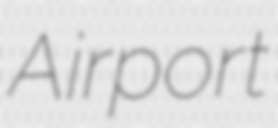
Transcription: Airport